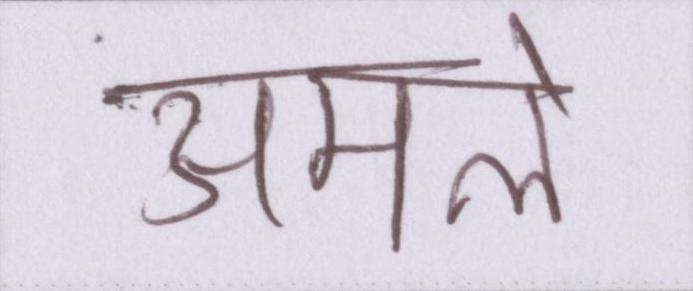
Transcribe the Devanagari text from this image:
अमले